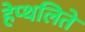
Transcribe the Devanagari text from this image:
हेप्थलिते